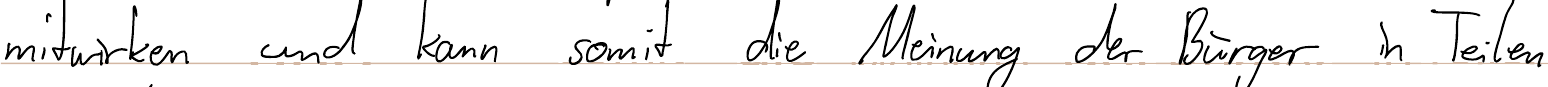
mitwirken und kann somit die Meinung der Bürger in Teilen